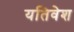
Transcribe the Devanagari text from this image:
यतिवेश